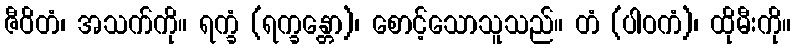
ဇီဝိတံ၊ အသက်ကို။ ရက္ခံ (ရက္ခန္တော)၊ စောင့်သောသူသည်။ တံ (ပါဝကံ)၊ ထိုမီးကို။